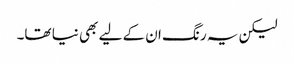
لیکن یہ رنگ ان کے لیے بھی نیا تھا۔